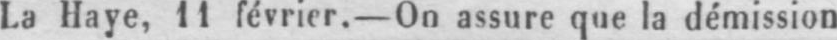
La Haye, 11 février.- On assure que la démission